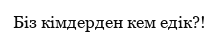
Біз кімдерден кем едік?!